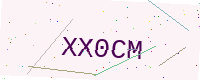
Text: XX0CM